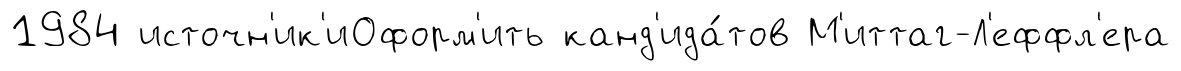
1984 источн'ик'иОформ'ить канд'ида́тов М'иттаг-Л'еффл'ера